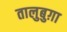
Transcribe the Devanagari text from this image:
तालुबुग़ा